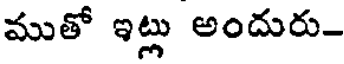
ముతో ఇట్లు అందురు-